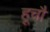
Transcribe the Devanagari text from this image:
हूचौ